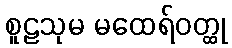
စူဠသုမ မထေရ်ဝတ္ထု